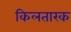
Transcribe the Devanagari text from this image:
किलतारक